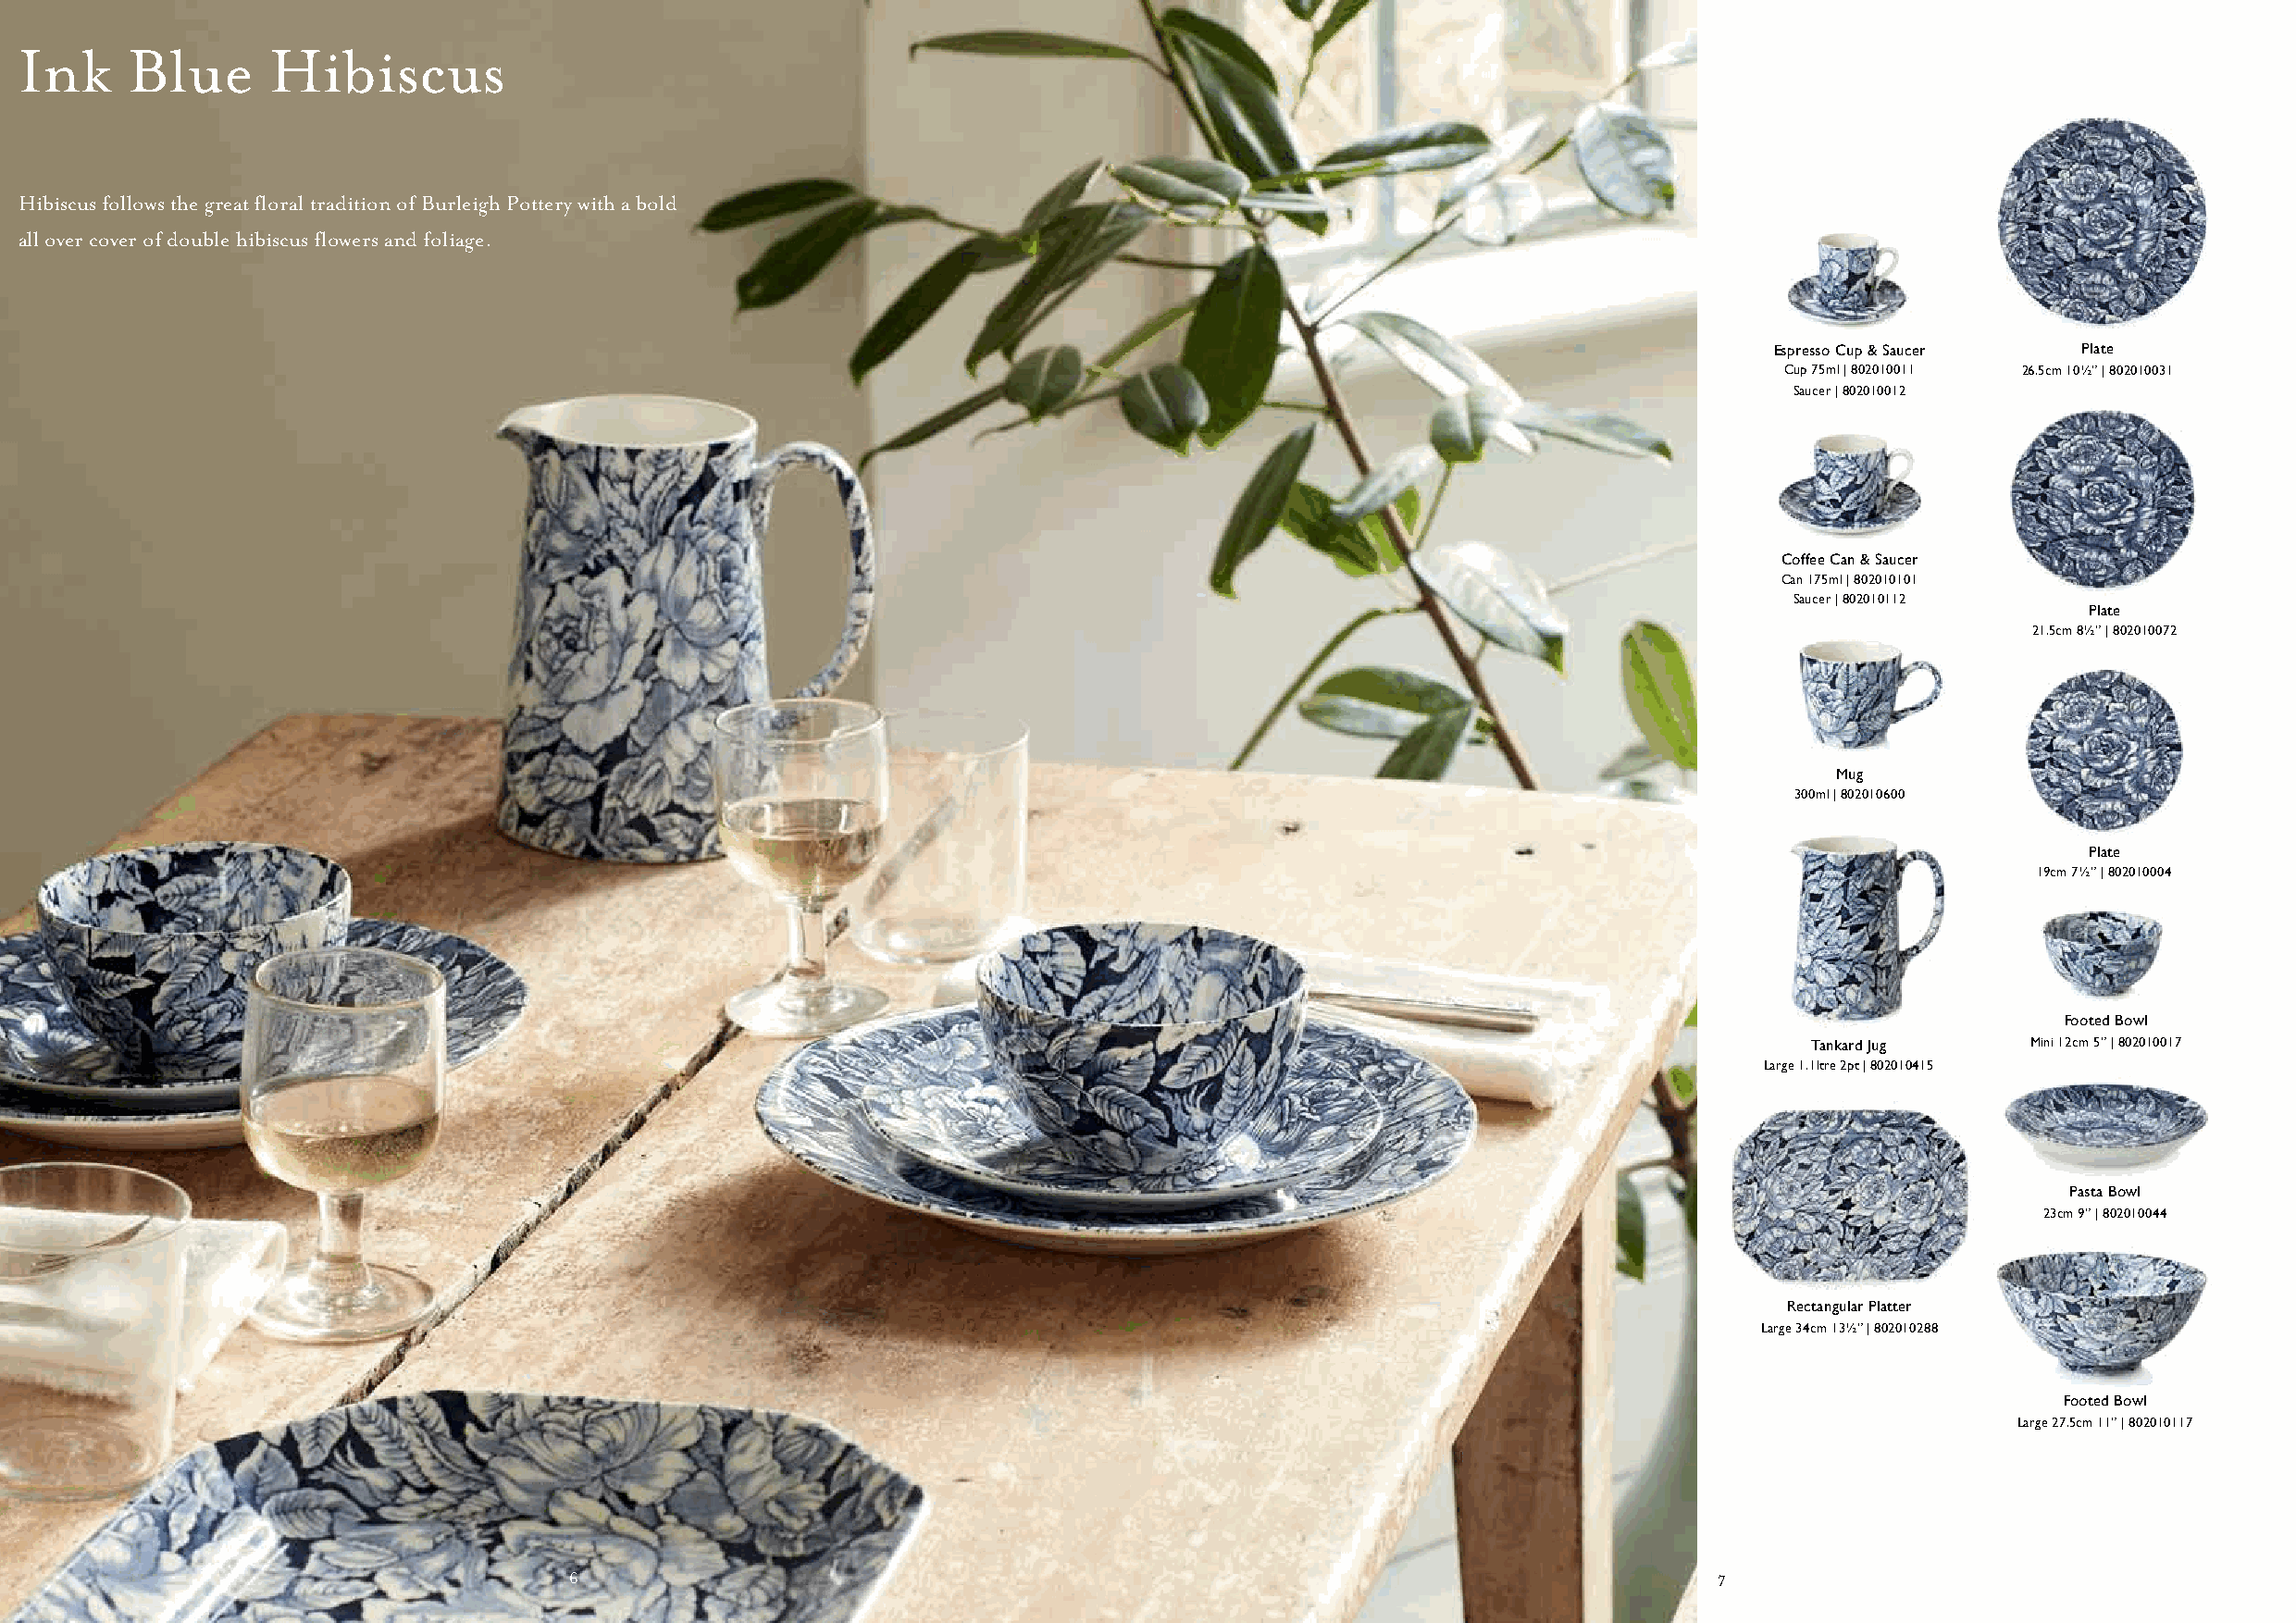
Ink     Blue      Hibiscus
 Hibiscus follows the great floral tradition of Burleigh Pottery with a bold
 all over cover of double hibiscus flowers and foliage.
 Espresso Cup & Saucer Plate
 Cup 75ml | 802010011 26.5cm 10½” | 802010031
 Saucer | 802010012
 collection                 one
 Coffee Can & Saucer
 Can 175ml | 802010101
 Saucer | 802010112
 Plate
 21.5cm 8½” | 802010072
 Mug
 300ml | 802010600
 Plate
 19cm 7½” | 802010004
 Footed Bowl
 Tankard Jug    Mini 12cm 5” | 802010017
 Large 1.1ltre 2pt | 802010415
 Pasta Bowl
 23cm 9” | 802010044
 Rectangular Platter
 Large 34cm 13½” | 802010288
 Footed Bowl
 Large 27.5cm 11” | 802010117
 66                                                                                7